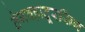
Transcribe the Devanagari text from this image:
तेगबहादूरसिंग